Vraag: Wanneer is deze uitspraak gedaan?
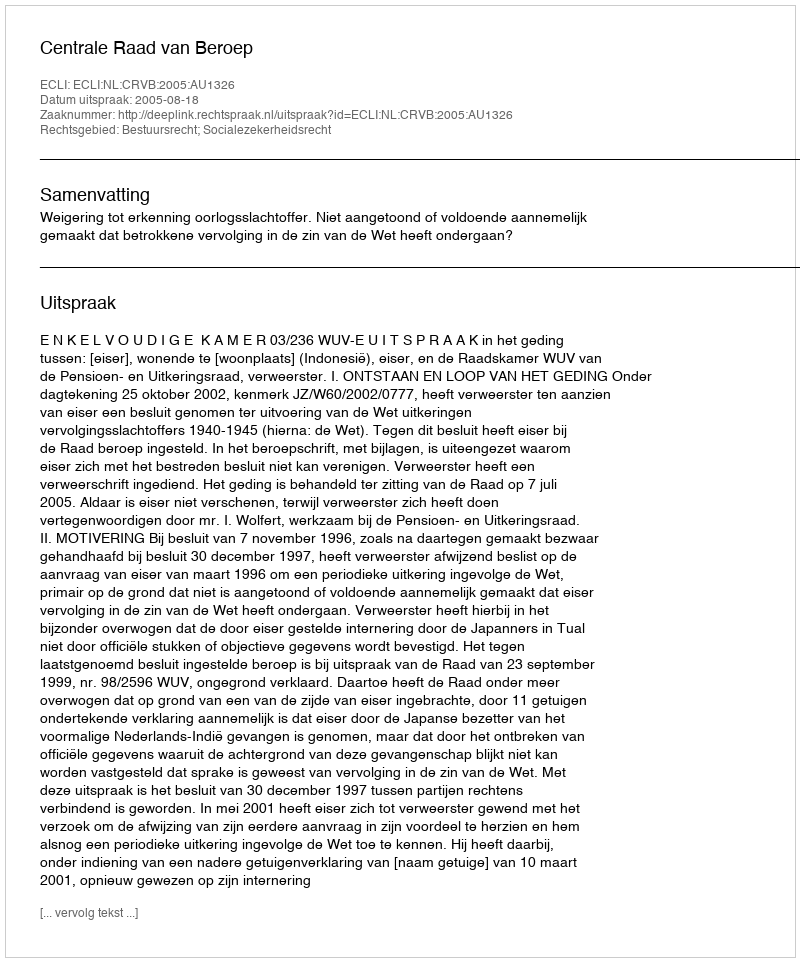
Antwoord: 2005-08-18